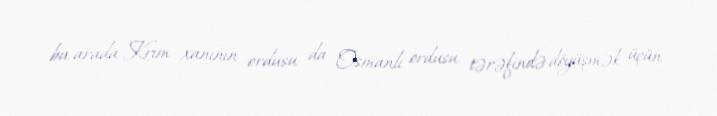
bu arada Krım xanının ordusu da Osmanlı ordusu tərəfində döyüşmək üçün